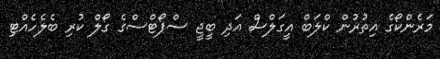
މަރެންކޯގެ އިތުރުން ކްލަބް އީގަލްސް އަދި ބީޖީ ސްޕޯޓްސްގެ ގޯލް ކުރި ބެލެހެއްޓި